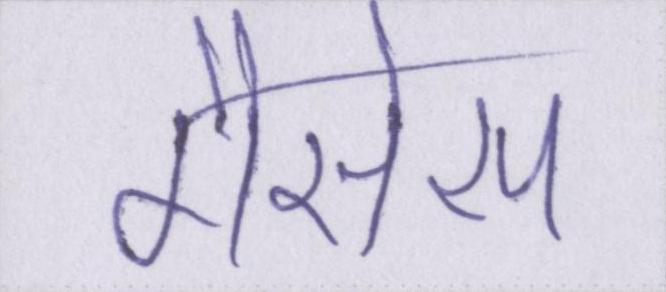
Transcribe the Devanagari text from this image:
गैरोस